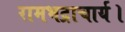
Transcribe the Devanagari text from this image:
रामभद्राचार्य।